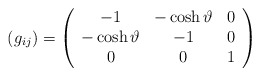
\begin{align*}(g_{ij}) = \left(\begin{array}{ccc} -1 & - \cosh \vartheta & 0 \\ - \cosh \vartheta & -1 & 0 \\ 0 & 0 & 1 \end{array} \right)\end{align*}